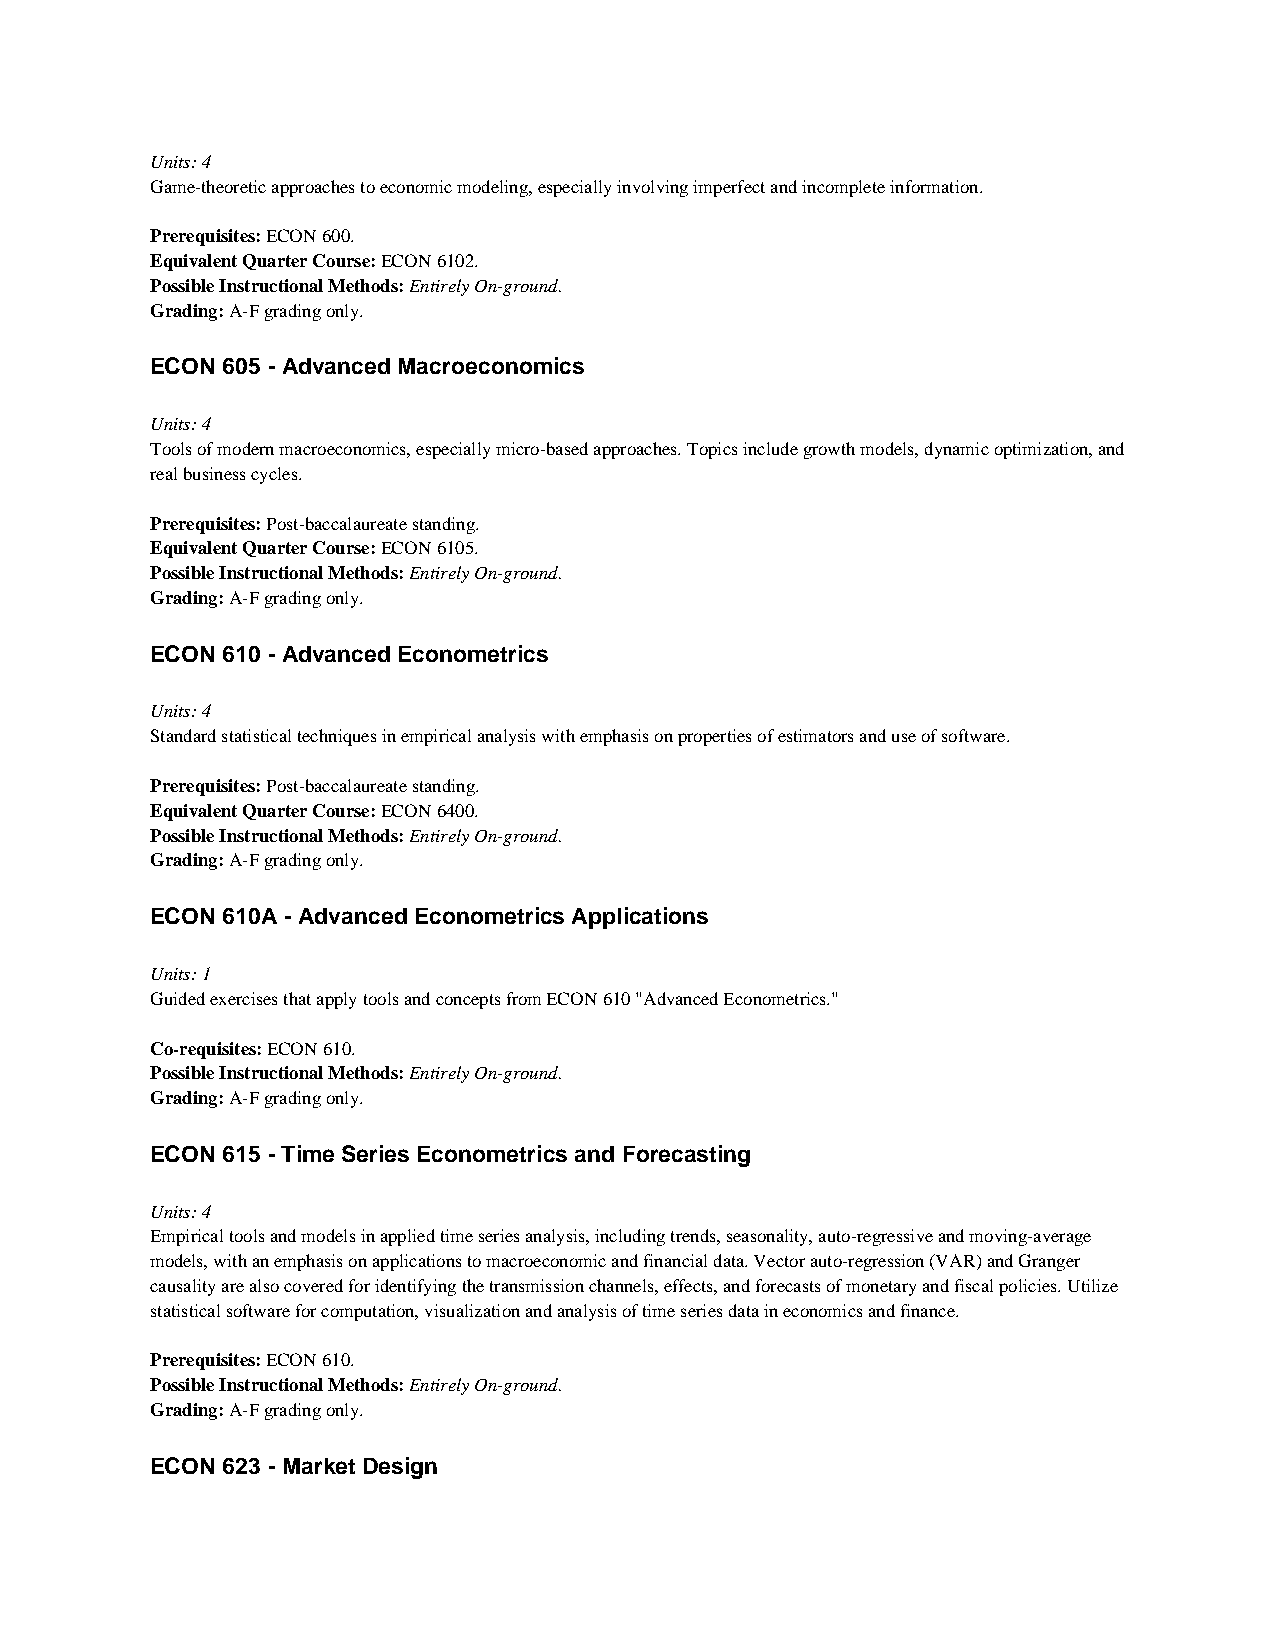
Units: 4
 Game-theoretic approaches to economic modeling, especially involving imperfect and incomplete information.
 Prerequisites: ECON 600.
 Equivalent Quarter Course: ECON 6102.
 Possible Instructional Methods: Entirely On-ground.
 Grading: A-F grading only.
 ECON 605 - Advanced Macroeconomics
 Units: 4
 Tools of modern macroeconomics, especially micro-based approaches. Topics include growth models, dynamic optimization, and
 real business cycles.
 Prerequisites: Post-baccalaureate standing.
 Equivalent Quarter Course: ECON 6105.
 Possible Instructional Methods: Entirely On-ground.
 Grading: A-F grading only.
 ECON 610 - Advanced Econometrics
 Units: 4
 Standard statistical techniques in empirical analysis with emphasis on properties of estimators and use of software.
 Prerequisites: Post-baccalaureate standing.
 Equivalent Quarter Course: ECON 6400.
 Possible Instructional Methods: Entirely On-ground.
 Grading: A-F grading only.
 ECON 610A - Advanced Econometrics Applications
 Units: 1
 Guided exercises that apply tools and concepts from ECON 610 "Advanced Econometrics."
 Co-requisites: ECON 610.
 Possible Instructional Methods: Entirely On-ground.
 Grading: A-F grading only.
 ECON 615 - Time Series Econometrics and Forecasting
 Units: 4
 Empirical tools and models in applied time series analysis, including trends, seasonality, auto-regressive and moving-average
 models, with an emphasis on applications to macroeconomic and financial data. Vector auto-regression (VAR) and Granger
 causality are also covered for identifying the transmission channels, effects, and forecasts of monetary and fiscal policies. Utilize
 statistical software for computation, visualization and analysis of time series data in economics and finance.
 Prerequisites: ECON 610.
 Possible Instructional Methods: Entirely On-ground.
 Grading: A-F grading only.
 ECON 623 - Market Design